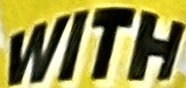
WITH